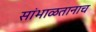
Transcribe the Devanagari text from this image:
सांभाळतानाच